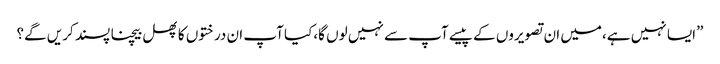
”ایسا نہیں ہے،میں ان تصویروں کے پیسے آپ سے نہیں لوں گا،کیا آپ ان درختوں کا پھل بیچنا پسند کریں گے؟